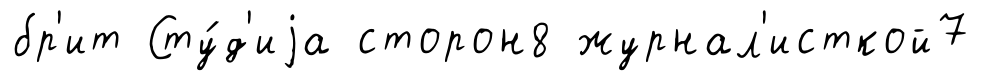
бр'ит Сту́д'иjа сторон8 журнал'исткой7